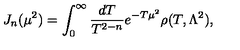
J _ { n } ( \mu ^ { 2 } ) = \int _ { 0 } ^ { \infty } \frac { d T } { T ^ { 2 - n } } e ^ { - T \mu ^ { 2 } } \rho ( T , \Lambda ^ { 2 } ) ,